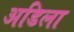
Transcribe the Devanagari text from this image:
अडिला